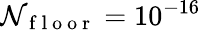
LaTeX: \mathcal{N}_{\mathrm{~f~l~o~o~r~}}=10^{-16}